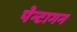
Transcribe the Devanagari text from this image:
पेन्टागन